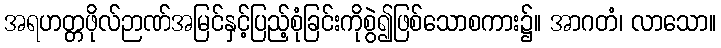
အရဟတ္တဖိုလ်ဉာဏ်အမြင်နှင့်ပြည့်စုံခြင်းကိုစွဲ၍ဖြစ်သောစကား၌။ အာဂတံ၊ လာသော။